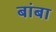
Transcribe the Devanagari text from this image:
बांबा